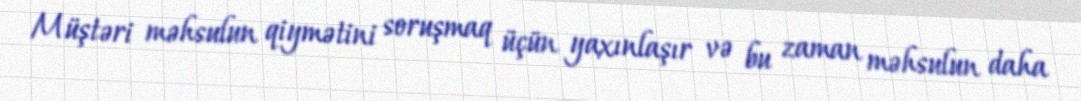
Müştəri məhsulun qiymətini soruşmaq üçün yaxınlaşır və bu zaman məhsulun daha